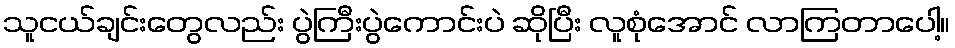
သူငယ်ချင်းတွေလည်း ပွဲကြီးပွဲကောင်းပဲ ဆိုပြီး လူစုံအောင် လာကြတာပေါ့။